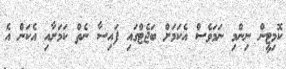
ކޮމިޓީން ނިންމި ނަމަވެސް އެކަމަށް ބަޖެޓްގައި ފައިސާ ނެތް ކަމަށާއި އެކަން އެ